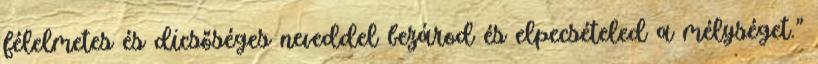
félelmetes és dicsőséges neveddel bezárod és elpecsételed a mélységet."